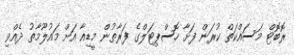
ރޮބޮޓް މަސައްކަތް ކުރަން ފަށާ ހޮސްޕިޓަލްގެ ފަރާތުން މީޑިއާ އަށް މައުލޫމާތު ދެއްވި